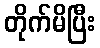
တိုက်မိပြီး